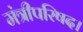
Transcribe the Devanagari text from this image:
मंत्रीपरिषद।